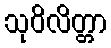
သုဝိလိတ္တာ